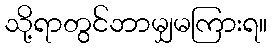
သို့ရာတွင်ဘာမျှမကြားရ။